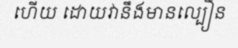
ហើយ ដោយវានឹងមានល្បឿន